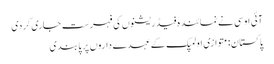
آئی او سی نے نمائندہ فیڈریشنوں کی فہرست جاری کردی
پاکستان: متوازی اولمپک کے عہدے داروں پر پابندی